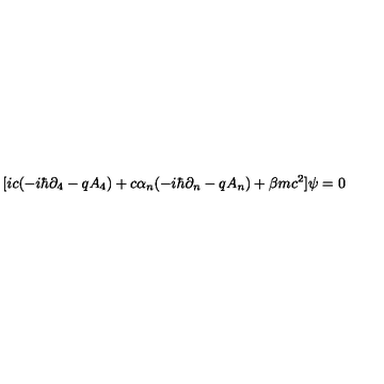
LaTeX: \lbrack i c ( - i \hbar \partial _ { 4 } - q A _ { 4 } ) + c \alpha _ { n } ( - i \hbar \partial _ { n } - q A _ { n } ) + \beta m c ^ { 2 } ] \psi = 0